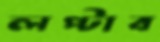
লপ্‌টাব